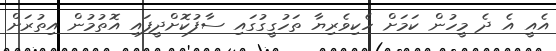
އެއީ އެ ދެ މީހުން ކަމަށް ހެކިވެރިޔާ ތަހުގީގުގައި ސާފުކޮށްދީފައި އޮތުމުން އިތުރަށް